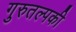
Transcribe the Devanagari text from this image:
गुरुतल्पकी